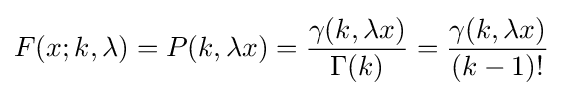
F(x;k,\lambda )=P(k,\lambda x)={\frac {\gamma (k,\lambda x)}{\Gamma (k)}}={\frac {\gamma (k,\lambda x)}{(k-1)!}}